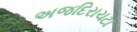
અજદિરાચટા